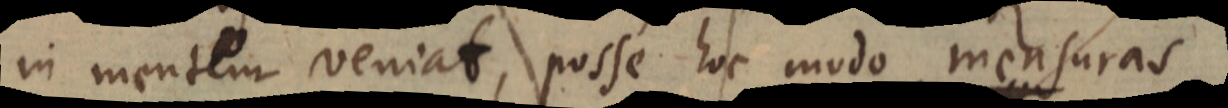
in mentem veniat, posse hoc modo mensuras